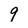
Character: 9